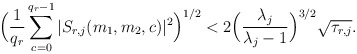
\begin{align*}\Big(\frac{ 1}{q_r} \sum_{c=0}^{{q_r}-1} | S_{r,j}(m_1,m_2,c)|^2 \Big)^{1/2} < 2 \Big(\frac{\lambda_j}{\lambda_j-1}\Big)^{3/2}\sqrt{\tau_{r,j}}.\end{align*}